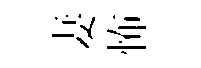
妻怖